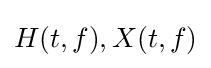
H(t,f),X(t,f)